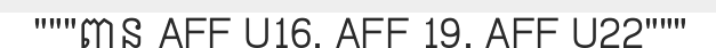
"""ពាន AFF U16, AFF 19, AFF U22"""